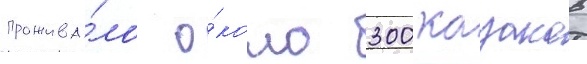
прожива́ло о́коло 300 казаков